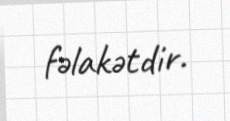
fəlakətdir.